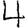
Digit: 4